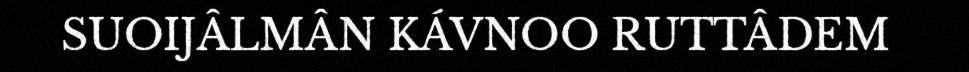
SUOIJÂLMÂN KÁVNOO RUTTÂDEM